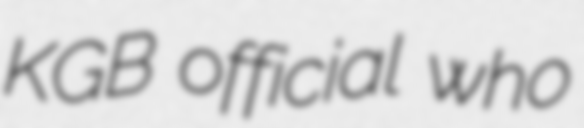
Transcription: KGB official who